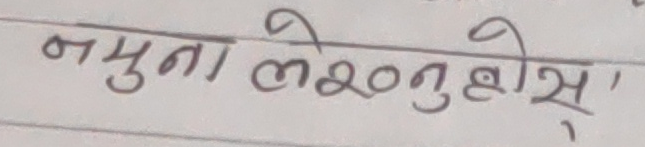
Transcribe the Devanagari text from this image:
नमुना लेख्नुहोस्,